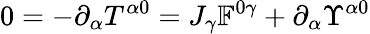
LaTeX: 0=-\partial_{\alpha}T^{\alpha 0}=J_{\gamma}\mathbb{F}^{0\gamma}+\partial_{\alpha}\Upsilon^{\alpha 0}